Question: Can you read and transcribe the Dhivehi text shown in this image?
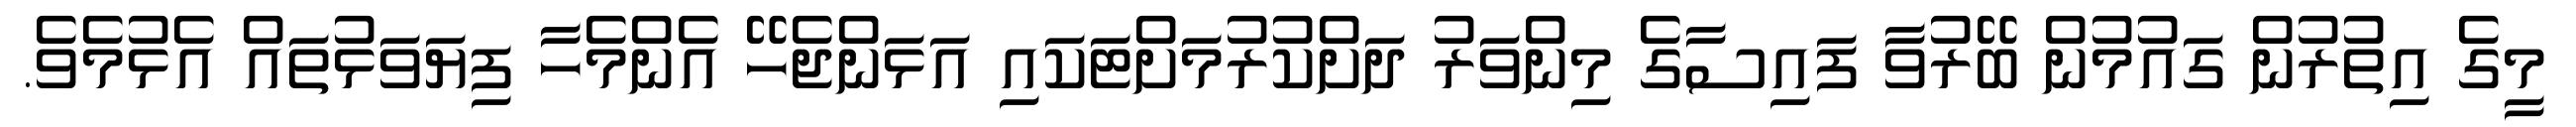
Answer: މީގެ އިތުރުން ގައުމުން ބޭރުވާ ފައިސާގެ މިންވަރު ދަށްކުރުމަށްޓަކައި އަޅަންޖެހޭ އެންމެހާ ފިޔަވަޅުތައް އެޅުމެވެ.